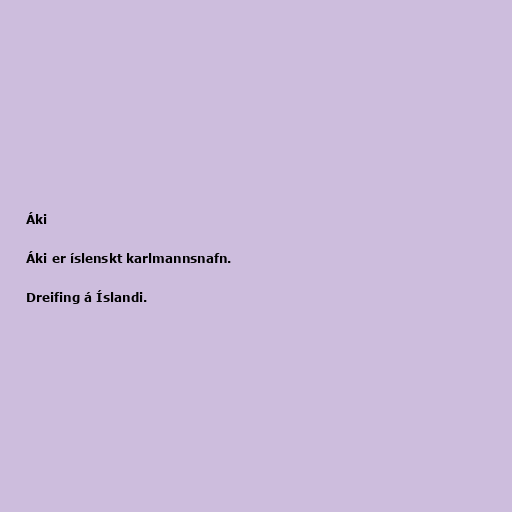
Áki

Áki er íslenskt karlmannsnafn.

Dreifing á Íslandi.